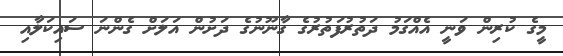
މީގެ ކުރިން ވަނީ އެއްގަމު ދަތުރުފަތުރުގެ ގާނޫނުގެ ދަށުން އަލަށް ގެންނަ ސައިކަލާއި